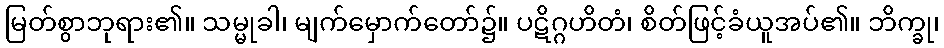
မြတ်စွာဘုရား၏။ သမ္မုခါ၊ မျက်မှောက်တော်၌။ ပဋိဂ္ဂဟိတံ၊ စိတ်ဖြင့်ခံယူအပ်၏။ ဘိက္ခု၊